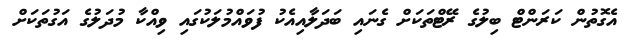
އެގޮތުން ކަރަންޓް ބިލުގެ ރޭޓްތަކަށް ގެނައި ބަދަލާއިއެކު ފުވައްމުލަކުގައި ވިއްކާ މުދަލުގެ އަގުތަކަށް